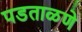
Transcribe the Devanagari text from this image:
पडताळणे